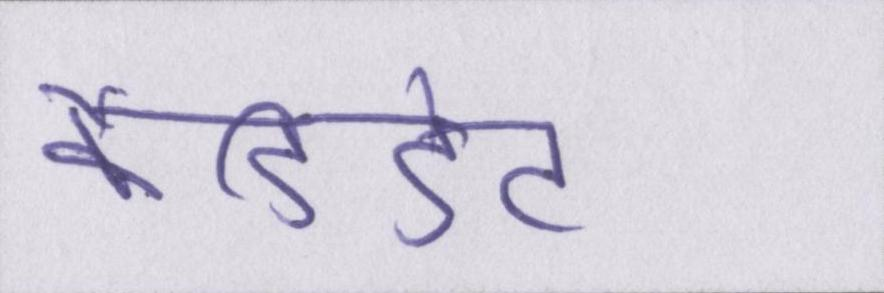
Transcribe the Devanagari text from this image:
कैंडिडेट